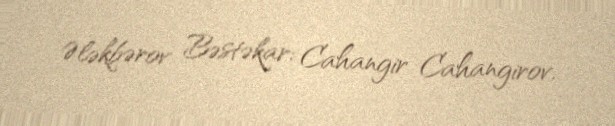
Ələkbərov Bəstəkar: Cahangir Cahangirov.